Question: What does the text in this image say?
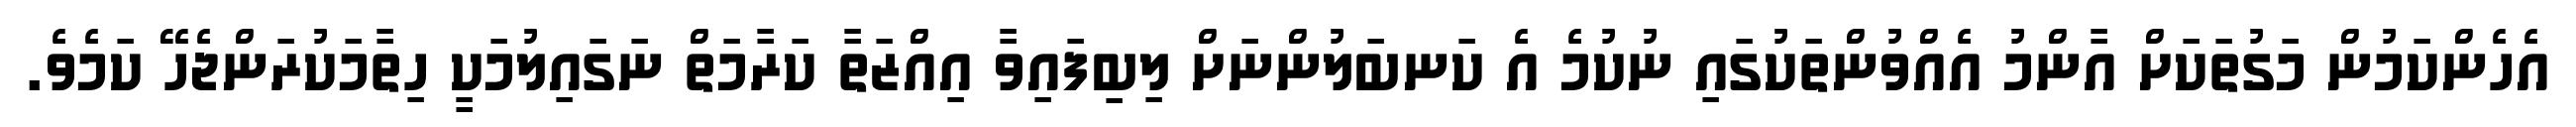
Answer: އެހެންކަމުން މަގުތަކަށް އާންމު އެއްވުންތަކުގައި ނުކުމެ އެ ކަނބަލުންނަށް ލިބިފައިވާ އިއްޒަތާ ކަރާމަތް ނަގައިލުމަކީ ހިތާމަކުރަންޖެހޭ ކަމެވެ.